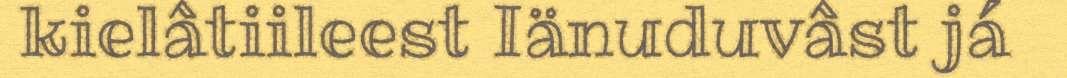
kielâtiileest Iänuduvâst já